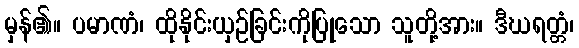
မှန်၏။ ပမာဏံ၊ ထိုနိုင်းယှဉ်ခြင်းကိုပြုသော သူတို့အား။ ဒီဃရတ္တံ၊